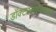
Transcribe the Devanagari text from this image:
डॉक्टरसाहेबांच्या